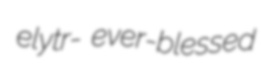
elytr- ever-blessed